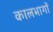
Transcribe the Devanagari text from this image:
कालभागों